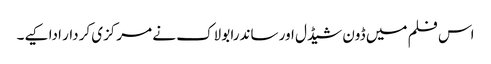
اس فلم میں ڈون شیڈل اور ساندرا بولاک نے مرکزی کردار ادا کیے۔